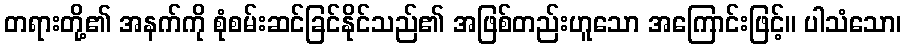
တရားတို့၏ အနက်ကို စုံစမ်းဆင်ခြင်နိုင်သည်၏ အဖြစ်တည်းဟူသော အကြောင်းဖြင့်။ ပါသံသော၊